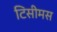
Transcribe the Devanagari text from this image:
टिसीमस